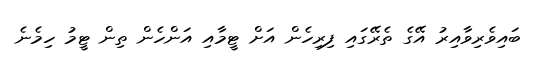
ބައިވެރިވާއިރު އޭގެ ތެރޭގައި ފިރިހެން އަށް ޓީމާއި އަންހެން ތިން ޓީމު ހިމެނެ